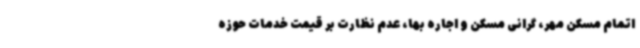
اتمام مسکن مهر، گرانی مسکن و اجاره بها، عدم نظارت بر قیمت خدمات حوزه